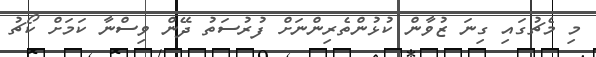
މި މެޗުގައި ގިނަ ޒުވާން ކުޅުންތެރިންނަށް ފުރުސަތު ދޭން ވިސްނާ ކަމަށް ކޯޗު